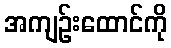
အကျဉ်းထောင်ကို